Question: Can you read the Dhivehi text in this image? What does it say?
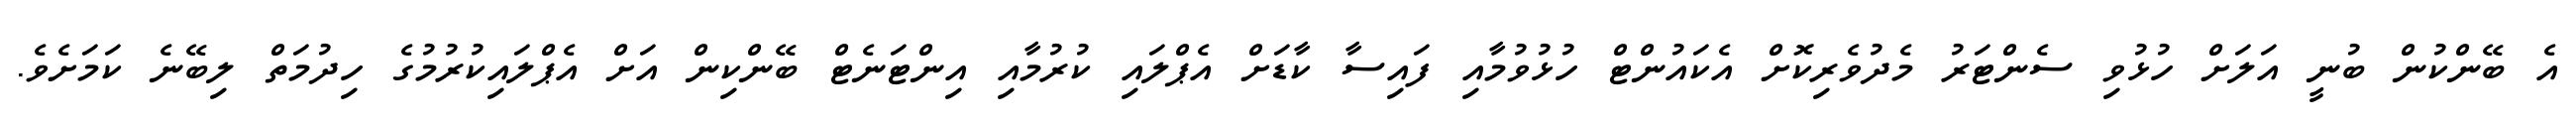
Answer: އެ ބޭންކުން ބުނީ އަލަށް ހުޅުވި ސެންޓަރު މެދުވެރިކޮށް އެކައުންޓް ހުޅުވުމާއި ފައިސާ ކާޑަށް އެޕްލައި ކުރުމާއި އިންޓަނެޓް ބޭންކިން އަށް އެޕްލައިކުރުމުގެ ހިދުމަތް ލިބޭނެ ކަމަށެވެ.